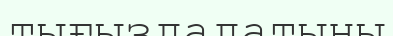
тығыздалатыны